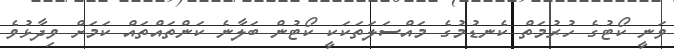
ވަނީ ކޯޓުގެ ހުރުމަތް ކެނޑުމުގެ މައްސަލަތަކަކީ ކޯޓުން ބަލާނެ ކަންތައްތައް ކަމަށް ވިދާޅުވެ